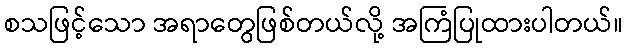
စသဖြင့်သော အရာတွေဖြစ်တယ်လို့ အကြံပြုထားပါတယ်။